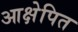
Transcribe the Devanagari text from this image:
आक्षेपित